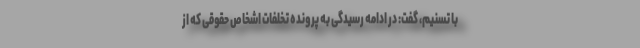
با تسنیم،‌ گفت: در ادامه رسیدگی به پرونده تخلفات اشخاص حقوقی که از